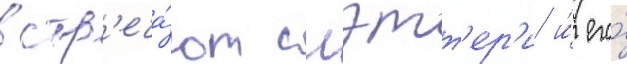
встр'еча́ют слэтт'ер'и и́ его́